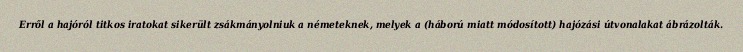
Erről a hajóról titkos iratokat sikerült zsákmányolniuk a németeknek, melyek a (háború miatt módosított) hajózási útvonalakat ábrázolták.